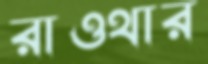
রাওথার